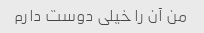
من آن را خیلی دوست دارم